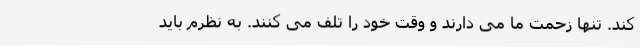
کند. تنها زحمت ما می دارند و وقت خود را تلف می کنند. به نظرم باید